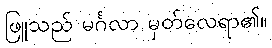
ဖြူသည် မင်္ဂလာ မှတ်လေရာ၏။